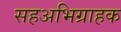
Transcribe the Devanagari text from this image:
सहअभिग्राहक